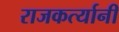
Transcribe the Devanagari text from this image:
राजकर्त्यानी